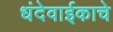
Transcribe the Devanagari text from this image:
धंदेवाईकाचे